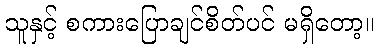
သူနှင့် စကားပြောချင်စိတ်ပင် မရှိတော့။